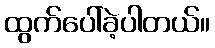
ထွက်ပေါ်ခဲ့ပါတယ်။